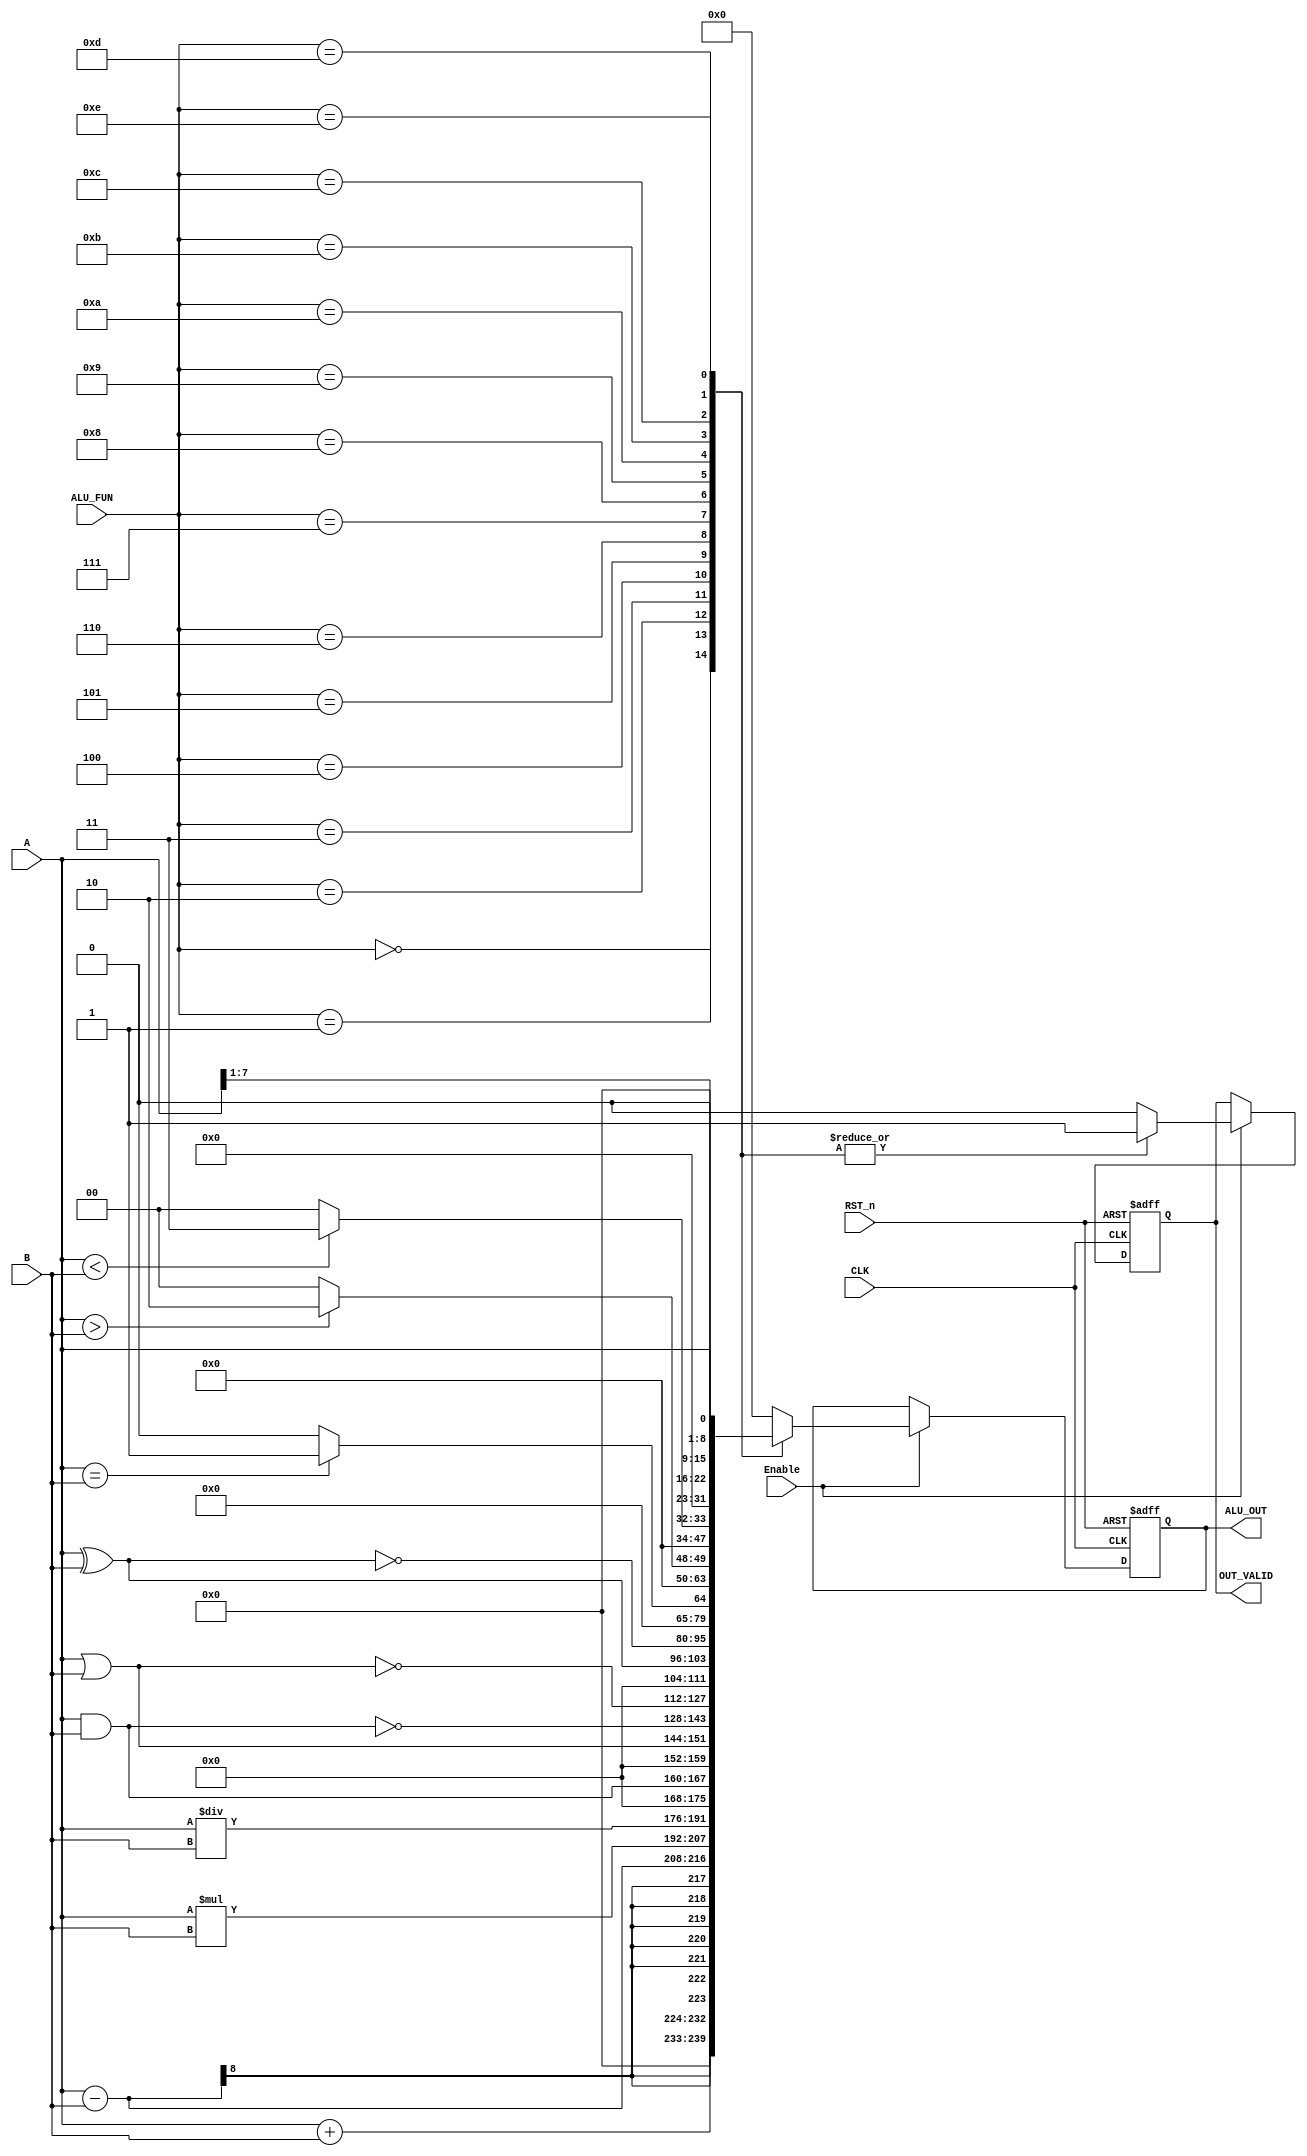
module ALU #(parameter OPERAND_WIDTH = 'd8 , FUN_WIDTH = 'd4)(

input CLK,
input RST_n,
input  [OPERAND_WIDTH - 1 :0] A,
input  [OPERAND_WIDTH - 1 :0] B,
input  [FUN_WIDTH - 1 :0]  ALU_FUN,
input  Enable,

output  reg [(2 * OPERAND_WIDTH) - 1 :0] ALU_OUT,
output  reg OUT_VALID

);


always @(posedge CLK or negedge RST_n)
  begin

   if(!RST_n) begin
      ALU_OUT   <= 0 ;
      OUT_VALID <= 0 ;
   end
     
   else if(Enable) begin
     
          case (ALU_FUN)

       	// ARITHMATIC OPERATION
           4'b0000: begin ALU_OUT <= A + B ; OUT_VALID <= 1; end
       	  4'b0001: begin ALU_OUT <= A - B ; OUT_VALID <= 1; end
       	  4'b0010: begin ALU_OUT <= A * B ; OUT_VALID <= 1; end
       	  4'b0011: begin ALU_OUT <= A / B ; OUT_VALID <= 1; end
       
        // LOGICL OPERATIONS
           4'b0100: begin ALU_OUT <=   A & B  ; OUT_VALID <= 1;  end   
           4'b0101: begin ALU_OUT <=   A | B  ; OUT_VALID <= 1;  end
           4'b0110: begin ALU_OUT <= ~(A & B) ; OUT_VALID <= 1;  end
           4'b0111: begin ALU_OUT <= ~(A | B) ; OUT_VALID <= 1;  end
           4'b1000: begin ALU_OUT <=   A ^ B  ; OUT_VALID <= 1;  end
           4'b1001: begin ALU_OUT <= ~(A ^ B) ; OUT_VALID <= 1;  end

        // COMPARISON OPERATIONS
           4'b1010: begin ALU_OUT <= ((A == B)? 16'd1 : 0); OUT_VALID <= 1; end
           4'b1011: begin ALU_OUT <= ((A > B) ? 16'd2 : 0); OUT_VALID <= 1; end
           4'b1100: begin ALU_OUT <= ((A < B) ? 16'd3 : 0); OUT_VALID <= 1; end          

        // SHIFT OPERATIONS  
           4'b1101: begin ALU_OUT <= A >> 1 ; OUT_VALID <= 1; end
           4'b1110: begin ALU_OUT <= A << 1 ; OUT_VALID <= 1; end

       	 default: begin ALU_OUT <=  0 ; OUT_VALID <= 0; end
       	endcase	
  end
end

endmodule



///////////////////////////////////////////////////////////////////////////
////////////////////////////TESTBENCH /////////////////////////////////////
///////////////////////////////////////////////////////////////////////////



// `timescale 1us / 100ns

// module ALU_tb;

// parameter OPERAND_WIDTH = 8 ;
// parameter FUN_WIDTH = 4;

// reg CLK_top;
// reg RST_n_top;
// reg [OPERAND_WIDTH-1 : 0] A_top,B_top;
// reg [3:0]  ALU_FUN_top ;
// reg Enable ;

// wire [(2 * OPERAND_WIDTH) - 1 :0] ALU_OUT;
// wire OUT_VALID;



// ALU #(.OPERAND_WIDTH(OPERAND_WIDTH) , .FUN_WIDTH(FUN_WIDTH)) DUT
// (
// .CLK(CLK_top),
// .RST_n(RST_n_top),
// .A(A_top),
// .B(B_top),  
// .ALU_FUN(ALU_FUN_top),
// .Enable(Enable),

// .OUT_VALID(OUT_VALID),
// .ALU_OUT (ALU_OUT)
// );


// // CLOCK GENERATION
// always #2 CLK_top = ~CLK_top ;


// initial begin 
// Enable = 0;
// A_top = 0;
// B_top = 0;
// ALU_FUN_top = 0;
// CLK_top = 0 ;

// RST_n_top = 0;
// #15;
// RST_n_top = 1;
// #10;


// Enable = 1;
// // ARITHMATTIC TEST
// A_top = 30;
// B_top = 15;
// ALU_FUN_top = 2 ;  
// #10;
// if(ALU_OUT == 450 ) $display("Arithmatic op RIGHT");
// else $display("Arithmatic op WRONG");



// // LOGIC TEST
// A_top = 5;
// B_top = 20;
// ALU_FUN_top = 4 ;     // A & B
// #10;
// if(ALU_OUT == 4) $display("Logic op RIGHT");
// else $display("Logic op WRONG");


// // Compare TEST
// A_top = 5;
// B_top = 20;
// ALU_FUN_top = 11 ;    // A < B
// #10;
// if(ALU_OUT == 0) $display("Compare op RIGHT");
// else $display("Compare op WRONG");


// // Shift TEST
// A_top = 5;
// B_top = 20;
// ALU_FUN_top = 14 ;  
// #10;                    
// if(ALU_OUT == 10 ) $display("Shift op RIGHT");
// else $display("Shift op WRONG");


// A_top = 10;
// B_top = 20;
// ALU_FUN_top = 13 ;  
// #10;      


// #30;
// $stop;


// end


// endmodule